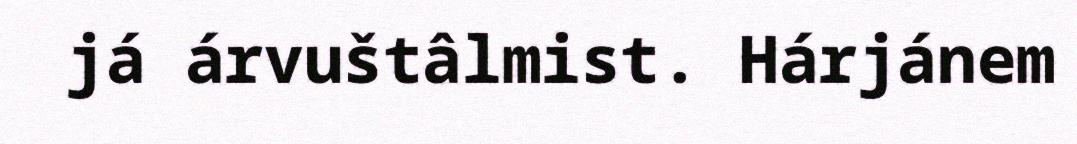
já árvuštâlmist. Hárjánem